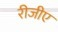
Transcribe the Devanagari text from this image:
रीजीए